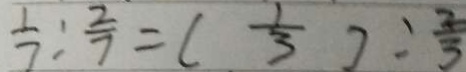
\frac { 1 } { 7 } : \frac { 2 } { 7 } = ( \frac { 1 } { 3 } ) : \frac { 2 } { 3 }